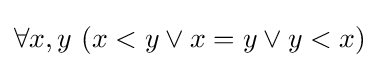
\forall x,y\ (x<y\lor x=y\lor y<x)